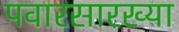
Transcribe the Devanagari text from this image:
पवारसारख्या